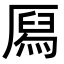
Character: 㕐